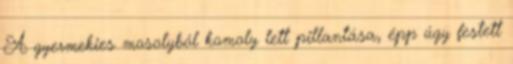
A gyermekies mosolyból komoly lett pillantása, épp úgy festett